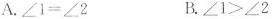
A. $$∠ 1 = ∠ 2$$ B. $$∠ 1 > ∠ 2$$